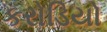
કરોડિયો